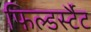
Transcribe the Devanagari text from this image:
फिल्डर्स्टैट